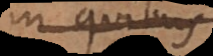
in quibus